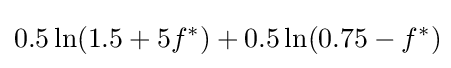
0.5\ln(1.5+5f^{*})+0.5\ln(0.75-f^{*})\!